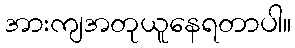
အားကျအတုယူနေရတာပါ။